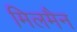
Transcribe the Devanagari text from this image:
मिलमैन